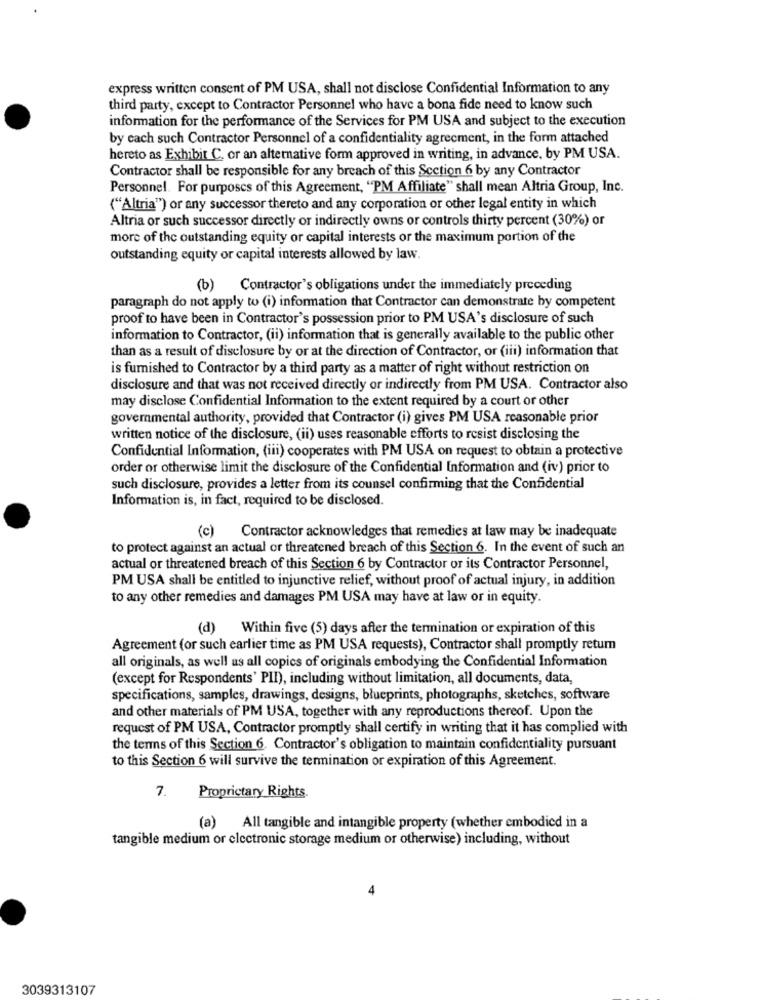
express written consent of PM USA, shall not disclose Confidential Information to any
third party, except to Contractor Personnel who have a bona fide need to know such
information for the performance of the Services for PM USA and subject to the execution
by cach such Contractor Personnel of a confidentiality agreement, in the form attached
hereto as Exhibit C. or an alternative form approved in writing, in advance, by PM USA.
Contractor shall be responsible for any breach of this Section 6 by any Contractor
Personnel. For purposes of this Agreement, "PM Affiliate" shall mean Altria Group, Inc.
("Altria") or any successor thereto and any corporation or other legal entity in which
Altria or such successor directly or indirectly owns or controls thirty percent (30%) or
more of the outstanding equity or capital interests or the maximum portion of the
outstanding equity or capital interests allowed by law.
(b)
Contractor's obligations under the immediately preceding
paragraph do not apply to (i) information that Contractor can demonstrate by competent
proof to have been in Contractor's possession prior to PM USA's disclosure of such
information to Contractor, (ii) information that is generally available to the public other
than as a result of disclosure by or at the direction of Contractor, or (iii) information that
is furnished to Contractor by a third party as a matter of right without restriction on
disclosure and that was not received directly or indirectly from PM USA. Contractor also
may disclose Confidential Information to the extent required by a court or other
governmental authority, provided that Contractor (i) gives PM USA reasonable prior
written notice of the disclosure, (ii) uses reasonable efforts to resist disclosing the
Confidential Information, (iii) cooperates with PM USA on request to obtain a protective
order or otherwise limit the disclosure of the Confidential Information and (iv) prior to
such disclosure, provides a letter from its counsel confirming that the Confidential
Information is, in fact, required to be disclosed.
(c)
Contractor acknowledges that remedies at law may be inadequate
to protect against an actual or threatened breach of this Section 6. In the event of such an
actual or threatened breach of this Section 6 by Contractor or its Contractor Personnel,
PM USA shall be entitled to injunctive relief, without proof of actual injury, in addition
to any other remedies and damages PM USA may have at law or in equity.
(d) Within five (5) days after the termination or expiration of this
Agreement (or such earlier time as PM USA requests), Contractor shall promptly retum
all originals, as well as all copies of originals embodying the Confidential Information
(except for Respondents' PII), including without limitation, all documents, data,
specifications, samples, drawings, designs, blueprints, photographs, sketches, software
and other materials of PM USA, together with any reproductions thereof. Upon the
request of PM USA, Contractor promptly shall certify in writing that it has complied with
the terms of this Section 6. Contractor's obligation to maintain confidentiality pursuant
to this Section 6 will survive the termination or expiration of this Agreement.
7.
Proprietary Rights.
(a) All tangible and intangible property (whether embodied in a
tangible medium or electronic storage medium or otherwise) including, without
3039313107